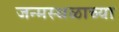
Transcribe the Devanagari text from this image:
जन्मस्थळाच्या